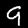
Label: 9